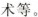
术等。